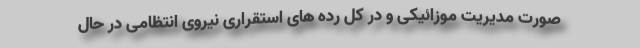
صورت مدیریت موزائیکی و در کل رده های استقراری نیروی انتظامی در حال